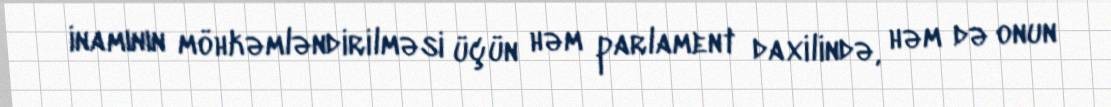
inamının möhkəmləndirilməsi üçün həm parlament daxilində, həm də onun